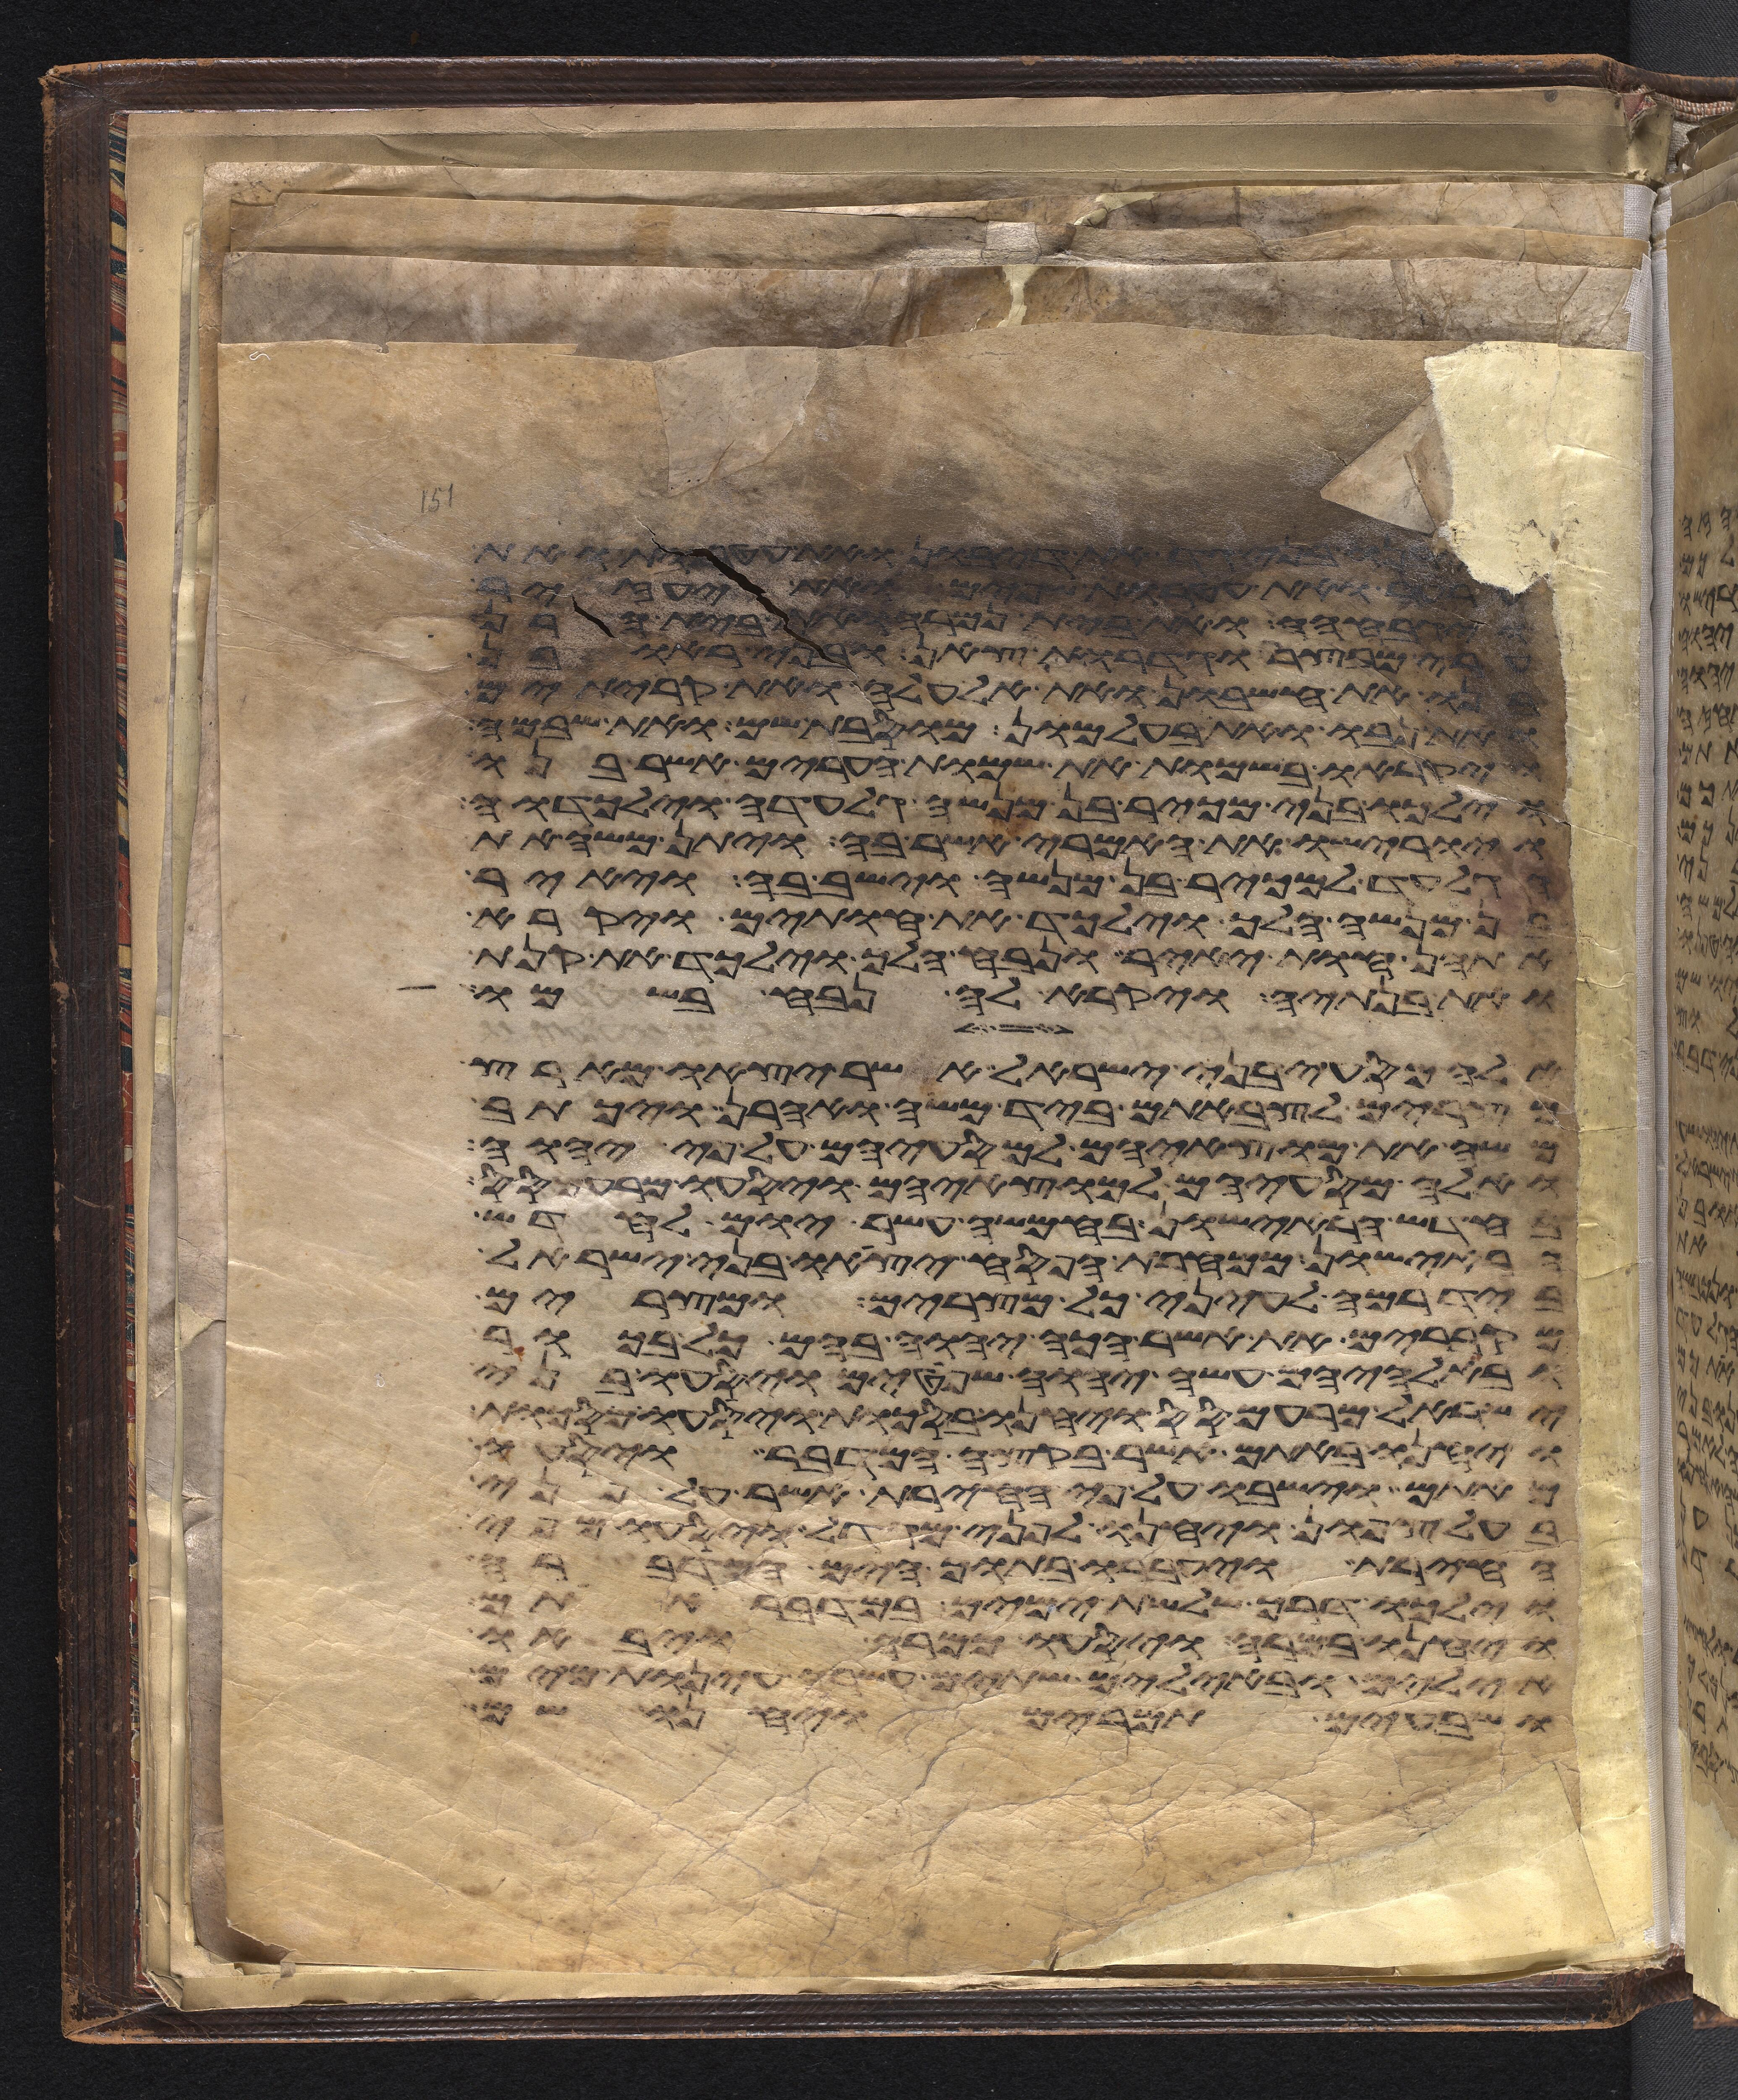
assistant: והביא האיש את אשתו אל
לו את נדב ואת אביהוא את אלעזר
ויגבהה ואת בית נמרה ואת בית הרן
ערי מבצר וגדרות צאן ובני ראובן
בנו את חשבון ואת אלעלה ואת קריתים
ואת נבו ואת בעל מעון מוסבות שם ואת שבמה
ויקראו בשמות את שמות הערים אשר בנו
וילכו בני מכיר בן מנשה גלעדה וילכדוה
ויורישו את האמרי אשר בה ויתן משה את
הגלעד למכיר בן מנשה וישב בה ויאיר
בן מנשה הלך וילכד את חותים ויקרא
אתהן חות יאיר ונבח הלך וילכד את קנת
ואת בנתיה ויקרא לה נבח בשמו
אלה מסעי בני ישראל אשר יצאו מארץ
מצרים לצבאתם ביד משה ואהרן ויכתב
משה את מוצאיהם למסעיהם על פי יהוה
ואלה מסעיהם למוצאיהם ויסעו מרעמסס
בחדש הראישון בחמשה עשר יום לחדש
הראישון ממחרת הפסח יצאו בני ישראל
ביד רמה לעיני כל מצרים ומצרים
מקברים את אשר הכה יהוה בהם כל בכור
ובאלהיהם עשה יהוה שפטים ויסעו בני
ישראל מרעמסס ויחנו בסכות ויסעו מסכות
ויחנו באתם אשר בקצה המדבר ויסעו
מאתם וישבו על פי החירת אשר לפני
בעל צפון ויחנו לפני מגדול ויסעו מפי
החירת ויעברו בתוך הים המדברה
וילכו דרך שלשת ימים במדבר אתם
ויחנו במרה ויסעו ממרה ויבאו
אילים ובאילים שתים עשרה עינות מים
ושבעים תמרים ויחנו שם